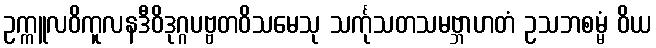
ဥက္ကူလဝိကူလနဒီဝိဒုဂ္ဂပဗ္ဗတဝိသမေသု သင်္ကုသတသမဗ္ဘာဟတံ ဥသဘစမ္မံ ဝိယ